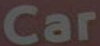
Car